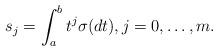
LaTeX: \begin{align*} s_j = \int_a^b t^j \sigma(dt), j=0,\dots, m.\end{align*}